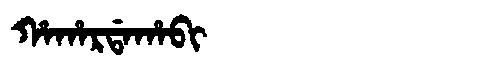
Manchu: ᡥᠠᡥᠠᡵᡩᠠᡥᠠᠪᡳ
Romanization: HAHARDAHABI